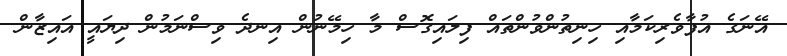
އޭނަގެ އުފާވެރިކަމާއި ހިނިތުންވުންތައް ފިލައިގޮސް މާ ހިމޭނުން އިނދެ ވިސްނަމުން ދިޔައީ އައިޒާން